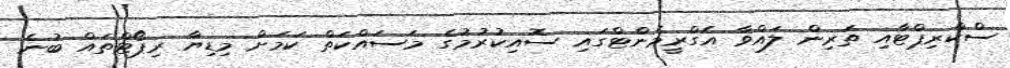
ސްކްރިޕްޓާއި ތަރިން ލައްވާ އެގްރީމެންޓްގައި ސޮއިކުރުމުގެ މަސައްކަތް ކަމަށް މިޑިޔާ ރިޕޯޓްތައް ބުނެ